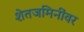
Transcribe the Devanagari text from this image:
शेतजमिनींवर